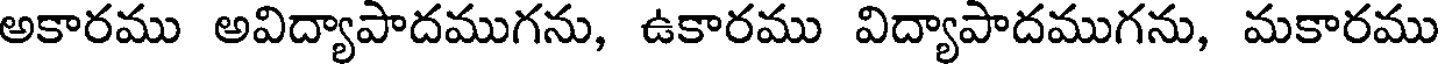
అకారము అవిద్యాపాదముగను, ఉకారము విద్యాపాదముగను, మకారము